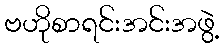
ဗဟိုစာရင်းအင်းအဖွဲ့